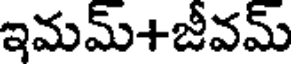
ఇమమ్+జీవమ్